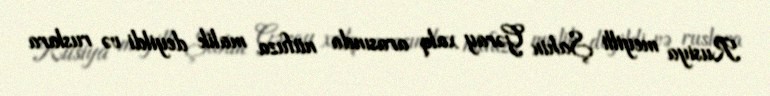
Rusiya meyilli Şahin Gəray xalq arasında nüfuza malik deyildi və ruslara